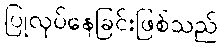
ပြုလုပ်နေခြင်းဖြစ်သည်